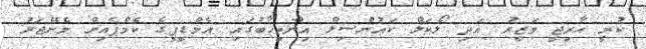
ކުރީ ހާރިޖީ ވަޒީރު އަދި ލޯކަލް ކައުންސިލް އިންތިހާބުގައި އެމްޑީޕީގެ ކެމްޕެއިން މެނޭޖަރު